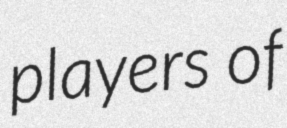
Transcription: players of